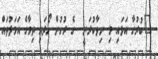
"ބުރުގާ އަޅައި މި ނިވާކުރަނީ  ގެ ރުހުން ހޯދައި ތިމާގެ އަމަލުތައް